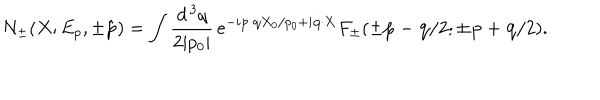
N _ { \pm } ( X ; E _ { p } , \pm \hat { \bf p } ) = \int \frac { d ^ { \, 3 } q } { 2 | p _ { 0 } | } \, e ^ { - i { \bf p } \cdot { \bf q } X _ { 0 } / p _ { 0 } + i { \bf q } \cdot { \bf X } } F _ { \pm } ( \pm { \bf p } - { \bf q } / 2 ; \pm { \bf p } + { \bf q } / 2 ) .